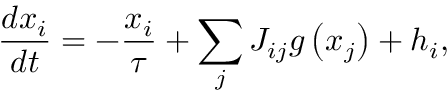
\frac { d x _ { i } } { d t } = - \frac { x _ { i } } { \tau } + \sum _ { j } J _ { i j } g \left( x _ { j } \right) + h _ { i } ,